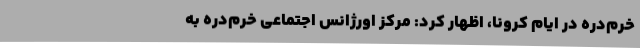
خرم‌دره در ایام کرونا، اظهار کرد: مرکز اورژانس اجتماعی خرم‌دره به